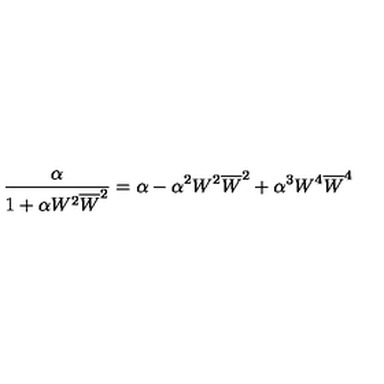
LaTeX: \frac { \alpha } { 1 + \alpha W ^ { 2 } \overline { { W } } ^ { 2 } } = \alpha - \alpha ^ { 2 } W ^ { 2 } \overline { { W } } ^ { 2 } + \alpha ^ { 3 } W ^ { 4 } \overline { { W } } ^ { 4 }